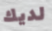
لديك